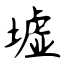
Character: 墟